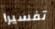
تفسيرا